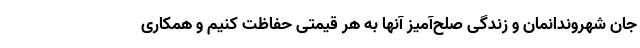
جان شهروندانمان و زندگی صلح‌آمیز آنها به هر قیمتی حفاظت کنیم و همکاری